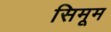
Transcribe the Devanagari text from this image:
सिमूम